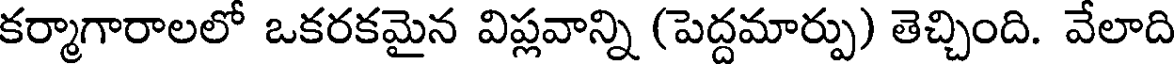
కర్మాగారాలలో ఒకరకమైన విప్లవాన్ని (పెద్దమార్పు) తెచ్చింది. వేలాది